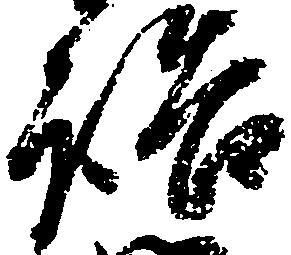
詰